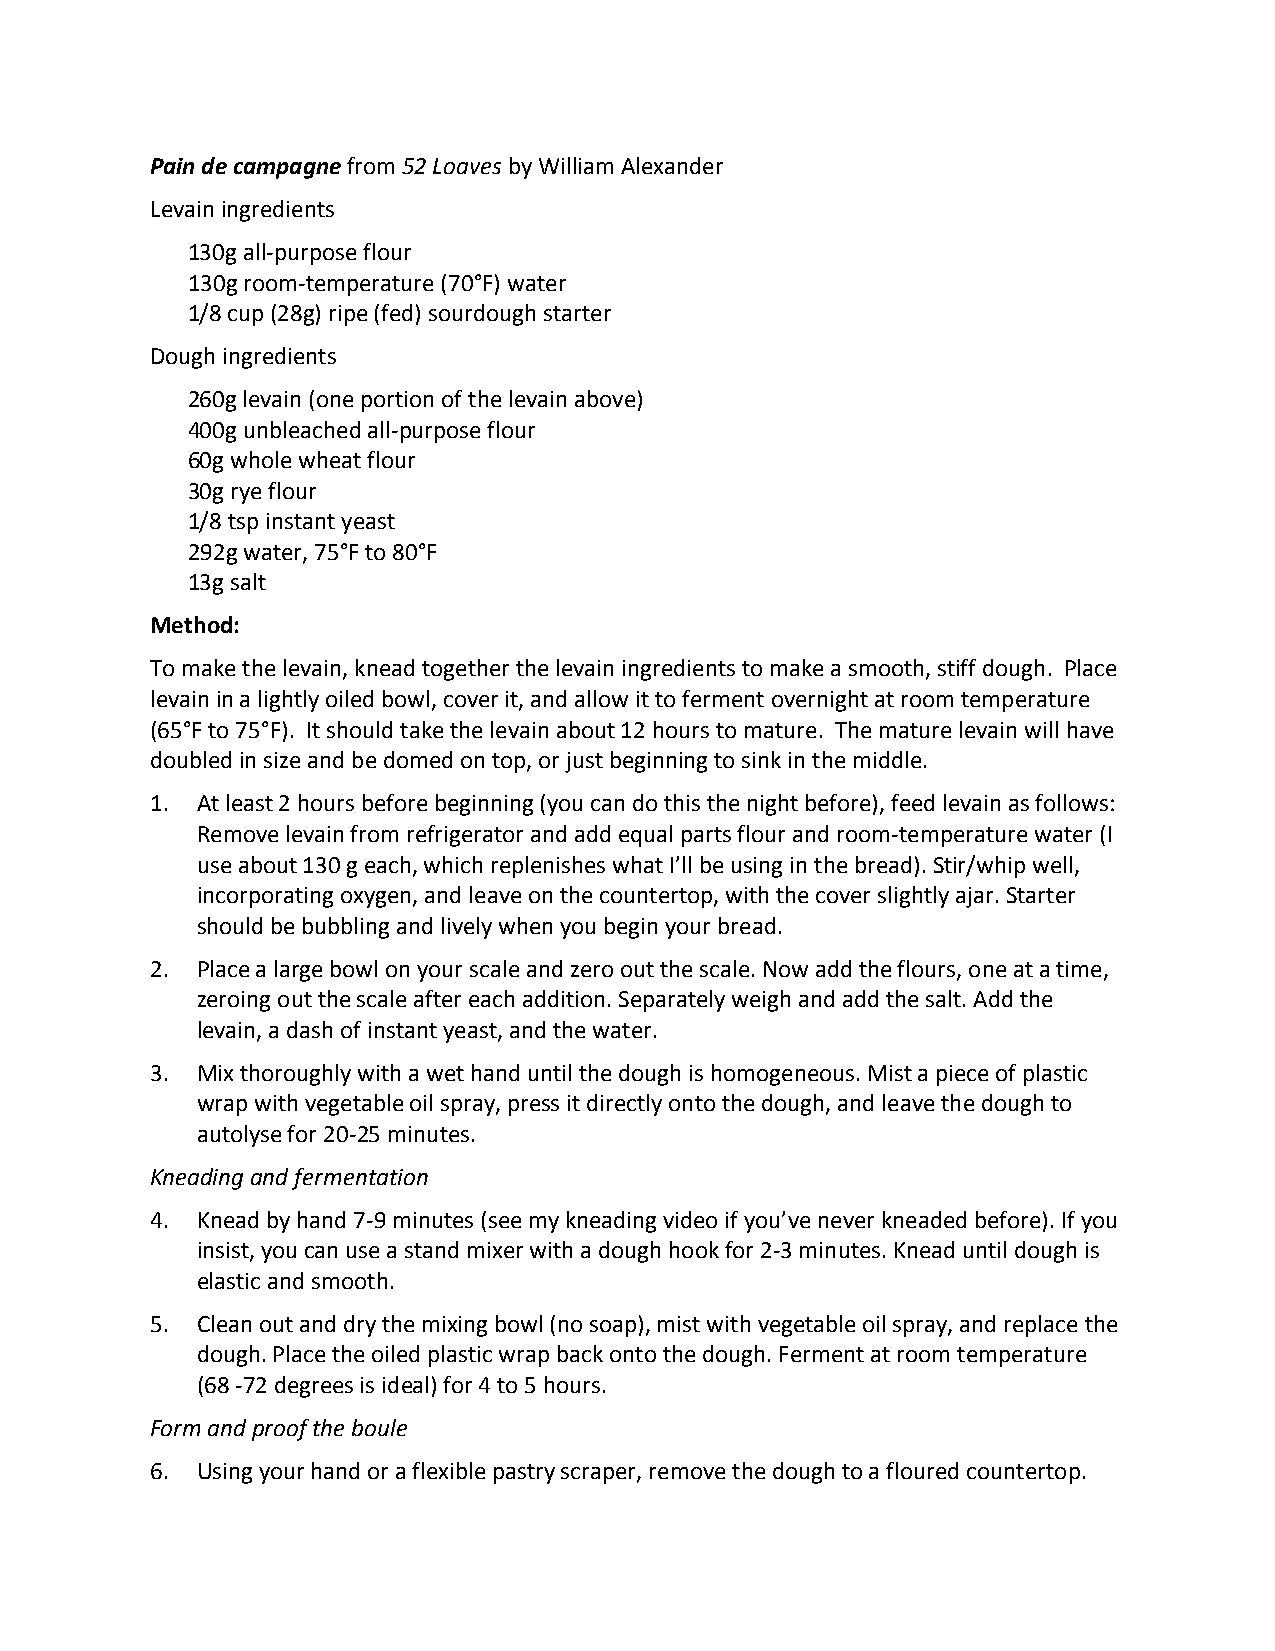
Pain de campagne from 52 Loaves by William Alexander
 Levain ingredients
 130g all-purpose flour
 130g room-temperature (70°F) water
 1/8 cup (28g) ripe (fed) sourdough starter
 Dough ingredients
 260g levain (one portion of the levain above)
 400g unbleached all-purpose flour
 60g whole wheat flour
 30g rye flour
 1/8 tsp instant yeast
 292g water, 75°F to 80°F
 13g salt
 Method:
 To make the levain, knead together the levain ingredients to make a smooth, stiff dough. Place
 levain in a lightly oiled bowl, cover it, and allow it to ferment overnight at room temperature
 (65°F to 75°F). It should take the levain about 12 hours to mature. The mature levain will have
 doubled in size and be domed on top, or just beginning to sink in the middle.
 1. At least 2 hours before beginning (you can do this the night before), feed levain as follows:
 Remove levain from refrigerator and add equal parts flour and room-temperature water (I
 use about 130 g each, which replenishes what I’ll be using in the bread). Stir/whip well,
 incorporating oxygen, and leave on the countertop, with the cover slightly ajar. Starter
 should be bubbling and lively when you begin your bread.
 2. Place a large bowl on your scale and zero out the scale. Now add the flours, one at a time,
 zeroing out the scale after each addition. Separately weigh and add the salt. Add the
 levain, a dash of instant yeast, and the water.
 3. Mix thoroughly with a wet hand until the dough is homogeneous. Mist a piece of plastic
 wrap with vegetable oil spray, press it directly onto the dough, and leave the dough to
 autolyse for 20-25 minutes.
 Kneading and fermentation
 4. Knead by hand 7-9 minutes (see my kneading video if you’ve never kneaded before). If you
 insist, you can use a stand mixer with a dough hook for 2-3 minutes. Knead until dough is
 elastic and smooth.
 5. Clean out and dry the mixing bowl (no soap), mist with vegetable oil spray, and replace the
 dough. Place the oiled plastic wrap back onto the dough. Ferment at room temperature
 (68 -72 degrees is ideal) for 4 to 5 hours.
 Form and proof the boule
 6. Using your hand or a flexible pastry scraper, remove the dough to a floured countertop.